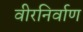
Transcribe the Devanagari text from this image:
वीरनिर्वाण